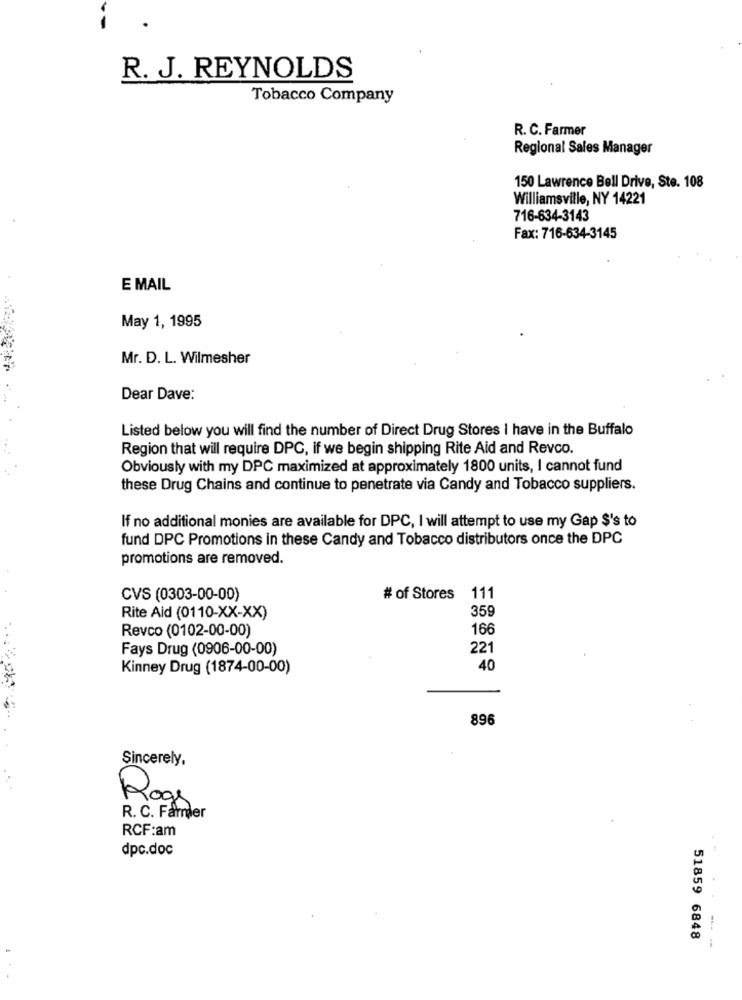
R. J. REYNOLDS
Tobacco Company
R. C. Farmer
Regional Sales Manager
150 Lawrence Bell Drive, Ste. 108
Williamsville, NY 14221
716-634-3143
Fax: 716-634-3145
E MAIL
May 1, 1995
Mr. D. L. Wilmesher
Dear Dave:
Listed below you will find the number of Direct Drug Stores I have in the Buffalo
Region that will require DPC, if we begin shipping Rite Aid and Revco.
Obviously with my DPC maximized at approximately 1800 units, I cannot fund
these Drug Chains and continue to penetrate via Candy and Tobacco suppliers.
If no additional monies are available for DPC, I will attempt to use my Gap $'s to
fund DPC Promotions in these Candy and Tobacco distributors once the DPC
promotions are removed.
CVS (0303-00-00)
# of Stores
111
Rite Aid (0110-XX-XX)
359
Revco (0102-00-00)
166
Fays Drug (0906-00-00)
221
Kinney Drug (1874-00-00)
40
896
Sincerely,
Roge
R. C. Farmer
RCF:am
dpc.doc
51859 6848
---